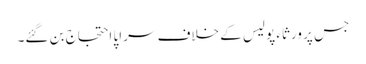
جس پر ورثاء پولیس کے خلاف سراپا احتجاج بن گئے۔